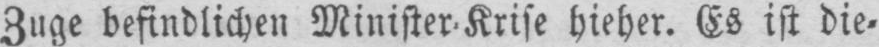
Zuge befindlichen Minister⸗Krise hieher. Es ist die⸗